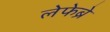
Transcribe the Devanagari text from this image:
लेफेब्रे